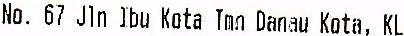
NO. 67 JIN JBU KOTA IMN DANAW KOTA, KL